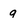
Character: q